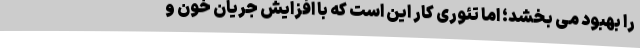
را بهبود می بخشد؛ اما تئوری کار این است که با افزایش جریان خون و